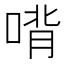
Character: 𰈉